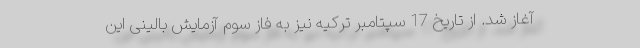
آغاز شد. از تاریخ 17 سپتامبر ترکیه نیز به فاز سوم آزمایش بالینی این